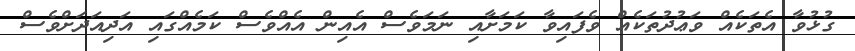
ގުޅުވާ އެތަކެއް ވަޢުދުތަކެއް ވެފައިވާ ކަމަށާއި ނަމަވެސް އެއިން އެއްވެސް ކަމެއްގައި އަދިއަދަށްވެސް